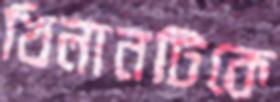
খিলানটিকে